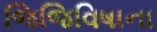
જિજિવિષાના